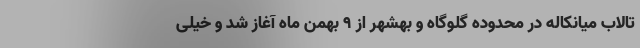
تالاب میانکاله در محدوده گلوگاه و بهشهر از 9 بهمن ماه آغاز شد و خیلی